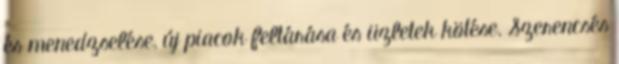
és menedzselése, új piacok feltárása és üzletek kötése. Szerencsés